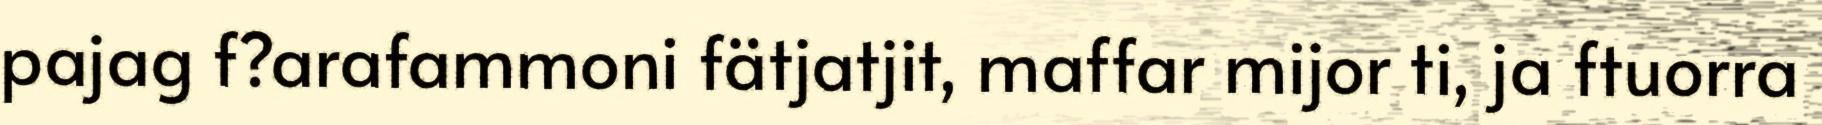
pajag f?arafammoni fätjatjit, maffar mijor ti, ja ftuorra